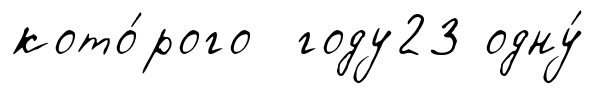
кото́рого году23 одну́